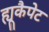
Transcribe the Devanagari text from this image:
ह्यूकैपेट